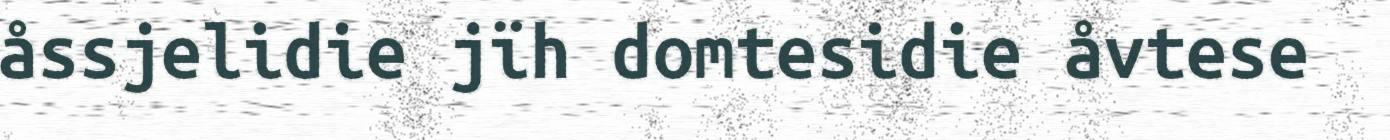
åssjelidie jïh domtesidie åvtese